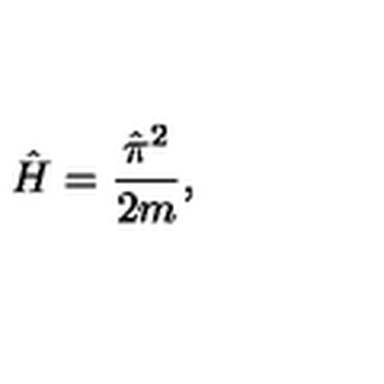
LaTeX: { \hat { H } } = { \frac { \hat { \mathrm { \boldmath \pi } } ^ { 2 } } { 2 m } } ,